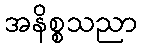
အနိစ္စသညာ